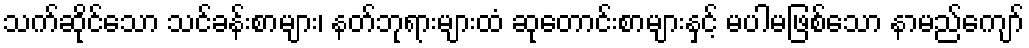
သက်ဆိုင်သော သင်ခန်းစာများ၊ နတ်ဘုရားများထံ ဆုတောင်းစာများနှင့် မပါမဖြစ်သော နာမည်ကျော်